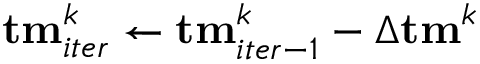
{ \bf { t m } } _ { i t e r } ^ { k } \gets { \bf { t m } } _ { i t e r - 1 } ^ { k } - \Delta { \bf { t m } } ^ { k }